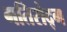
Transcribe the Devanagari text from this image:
गतिरोद्ग